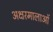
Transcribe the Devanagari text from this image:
अक्षरमालाओं